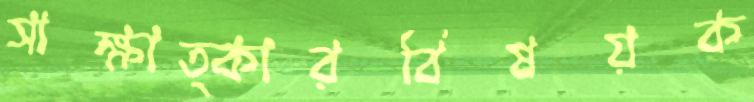
সাক্ষাত্কারবিষয়ক